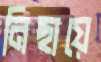
নিছায়ে